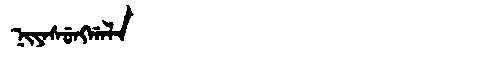
Manchu: ᠨᡳᠶᠠᠰᡠᠩᡤᠠᠯᠠ
Romanization: NIYASUNGGALA